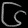
Digit: ၆